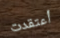
أعتقدت